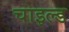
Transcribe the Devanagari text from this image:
चाइल्‍ड